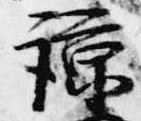
諒